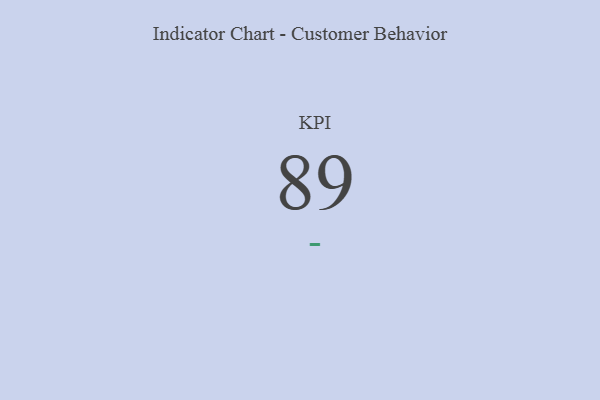
{"axis": {"x": "KPI", "y": "Value"}, "legend": [""], "data": [{"x": "KPI", "y": 89, "type": ""}]}